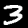
Label: 3